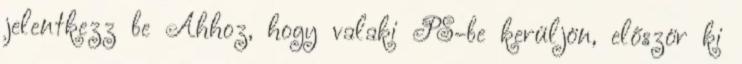
jelentkezz be Ahhoz, hogy valaki PS-be kerüljön, először ki